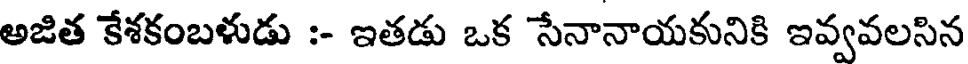
అజిత కేశకంబళుడు :- ఇతడు ఒక సేనానాయకునికి ఇవ్వవలసిన